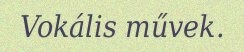
Vokális művek.